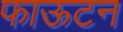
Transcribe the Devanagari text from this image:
फाऊटन